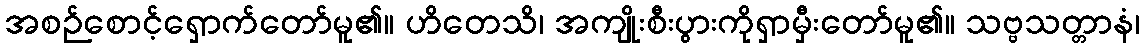
အစဉ်စောင့်ရှောက်တော်မူ၏။ ဟိတေသိ၊ အကျိုးစီးပွားကိုရှာမှီးတော်မူ၏။ သဗ္ဗသတ္တာနံ၊